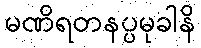
မဏိရတနပ္ပမုခါနိ